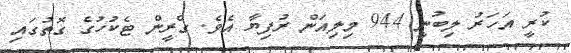
ކުރީ އަހަރު ލިބުނީ 944 މިލިއަން ރުފިޔާ އެވެ. ގްރީން ޓެކުހުގެ ގޮތުގައި